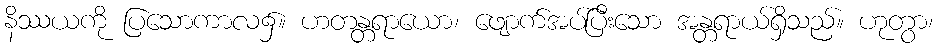
နိဿယကို ပြသောကာလ၌။ ဟတန္တရာယော၊ ဖျောက်အပ်ပြီးသော အန္တရာယ်ရှိသည်။ ဟုတွာ၊